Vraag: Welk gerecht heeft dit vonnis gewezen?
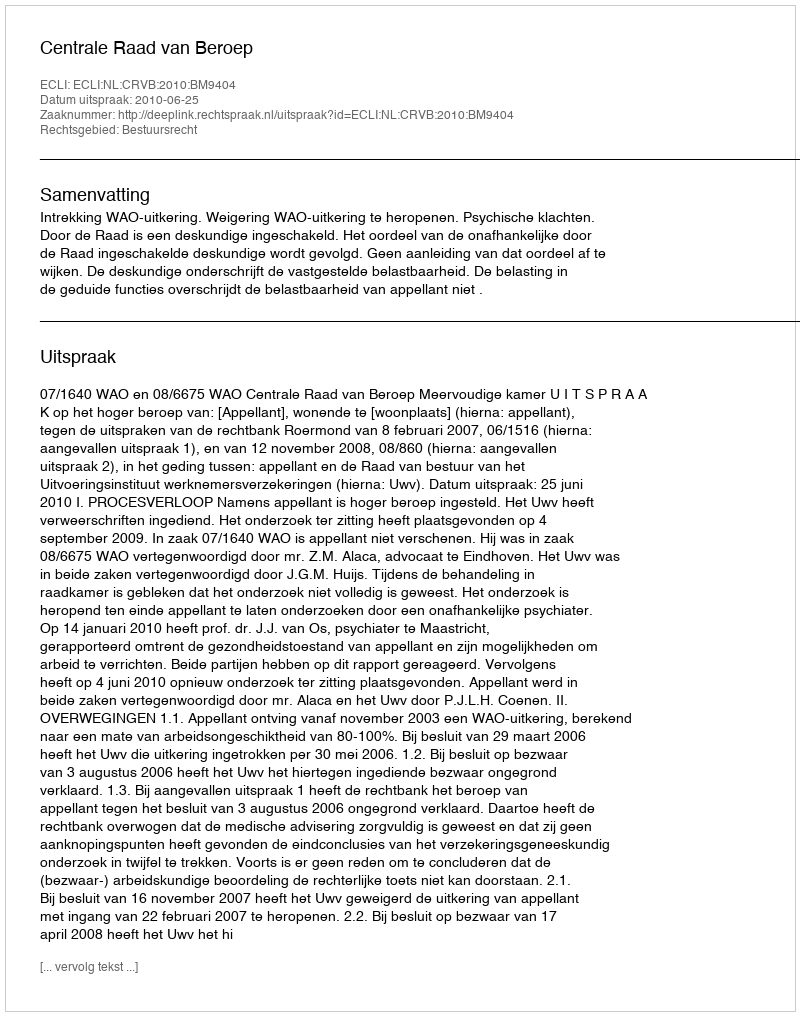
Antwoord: Centrale Raad van Beroep